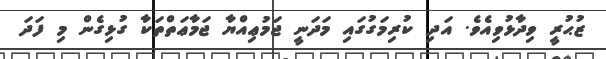
ޒުޙުރީ ވިދާޅުވިއެވެ. އަދި ކުރިމަގުގައި މަދަނީ ޖަމުޢިއްޔާ ޖަމާޢަތްތަކާ ގުޅިގެން މި ފަދަ